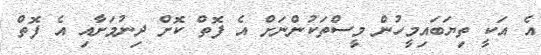
އެ އަކީ ތިޔަބައިމީހުން މީސްތަކުންނަށް އެ ފޮތް ކޮށް ދިނުމަށާއި އެ ފޮތް